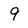
Character: 9